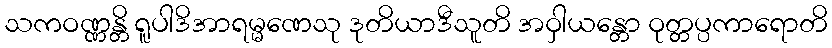
သကဝဏ္ဏန္တိ ရူပါဒိအာရမ္မဏေသု ဒုတိယာဒီသူတိ အဝှါယန္တော ဝုတ္တပ္ပကာရောတိ